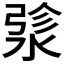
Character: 𬈄